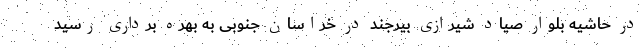
در حاشیه بلوار صیاد شیرازی بیرجند در خراسان جنوبی به بهره برداری رسید